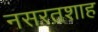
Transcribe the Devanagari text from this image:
नसरतशाह